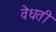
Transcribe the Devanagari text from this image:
वेधती